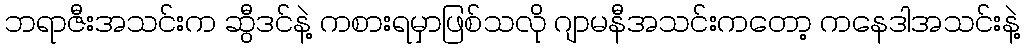
ဘရာဇီးအသင်းက ဆွီဒင်နဲ့ ကစားရမှာဖြစ်သလို ဂျာမနီအသင်းကတော့ ကနေဒါအသင်းနဲ့